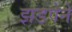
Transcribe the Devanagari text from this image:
झडपेने